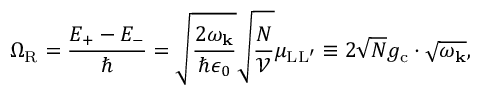
\Omega _ { \mathrm { R } } = \frac { E _ { + } - E _ { - } } { \hbar } = \sqrt { \frac { 2 \omega _ { \bf k } } { \hbar \epsilon _ { 0 } } } \sqrt { \frac { N } { \mathcal V } } { \mu _ { \mathrm { L L ^ { \prime } } } } \equiv 2 \sqrt { N } g _ { \mathrm { c } } \cdot \sqrt { \omega _ { \bf k } } ,